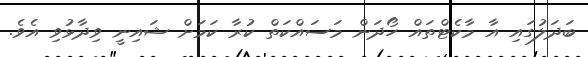
ބަދަލުގައި އާ މާކެޓްތައް ހޯދަން މަސައްކަތް ކުރާ ކަމަށް ޝައިނީ ވިދާޅުވި އެވެ.